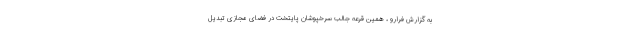
به گزارش فرارو ، همین قرعه جالب سرخپوشان پایتخت در فضای مجازی تبدیل